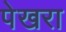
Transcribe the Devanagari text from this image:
पेखरा